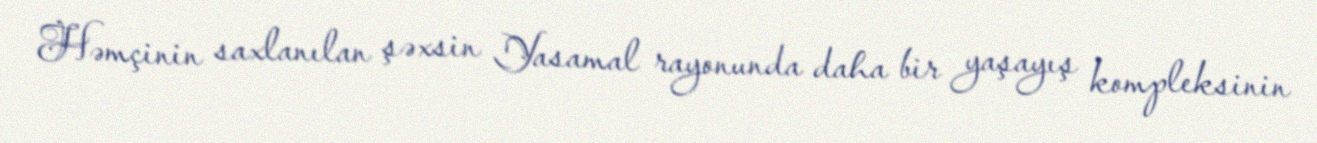
Həmçinin saxlanılan şəxsin Yasamal rayonunda daha bir yaşayış kompleksinin